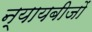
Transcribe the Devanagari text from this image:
न्यायबीजों